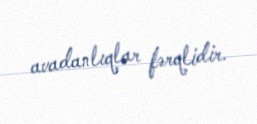
avadanlıqlar fərqlidir.